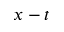
x - t